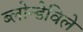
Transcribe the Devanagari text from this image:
ब्लोन्डेविले